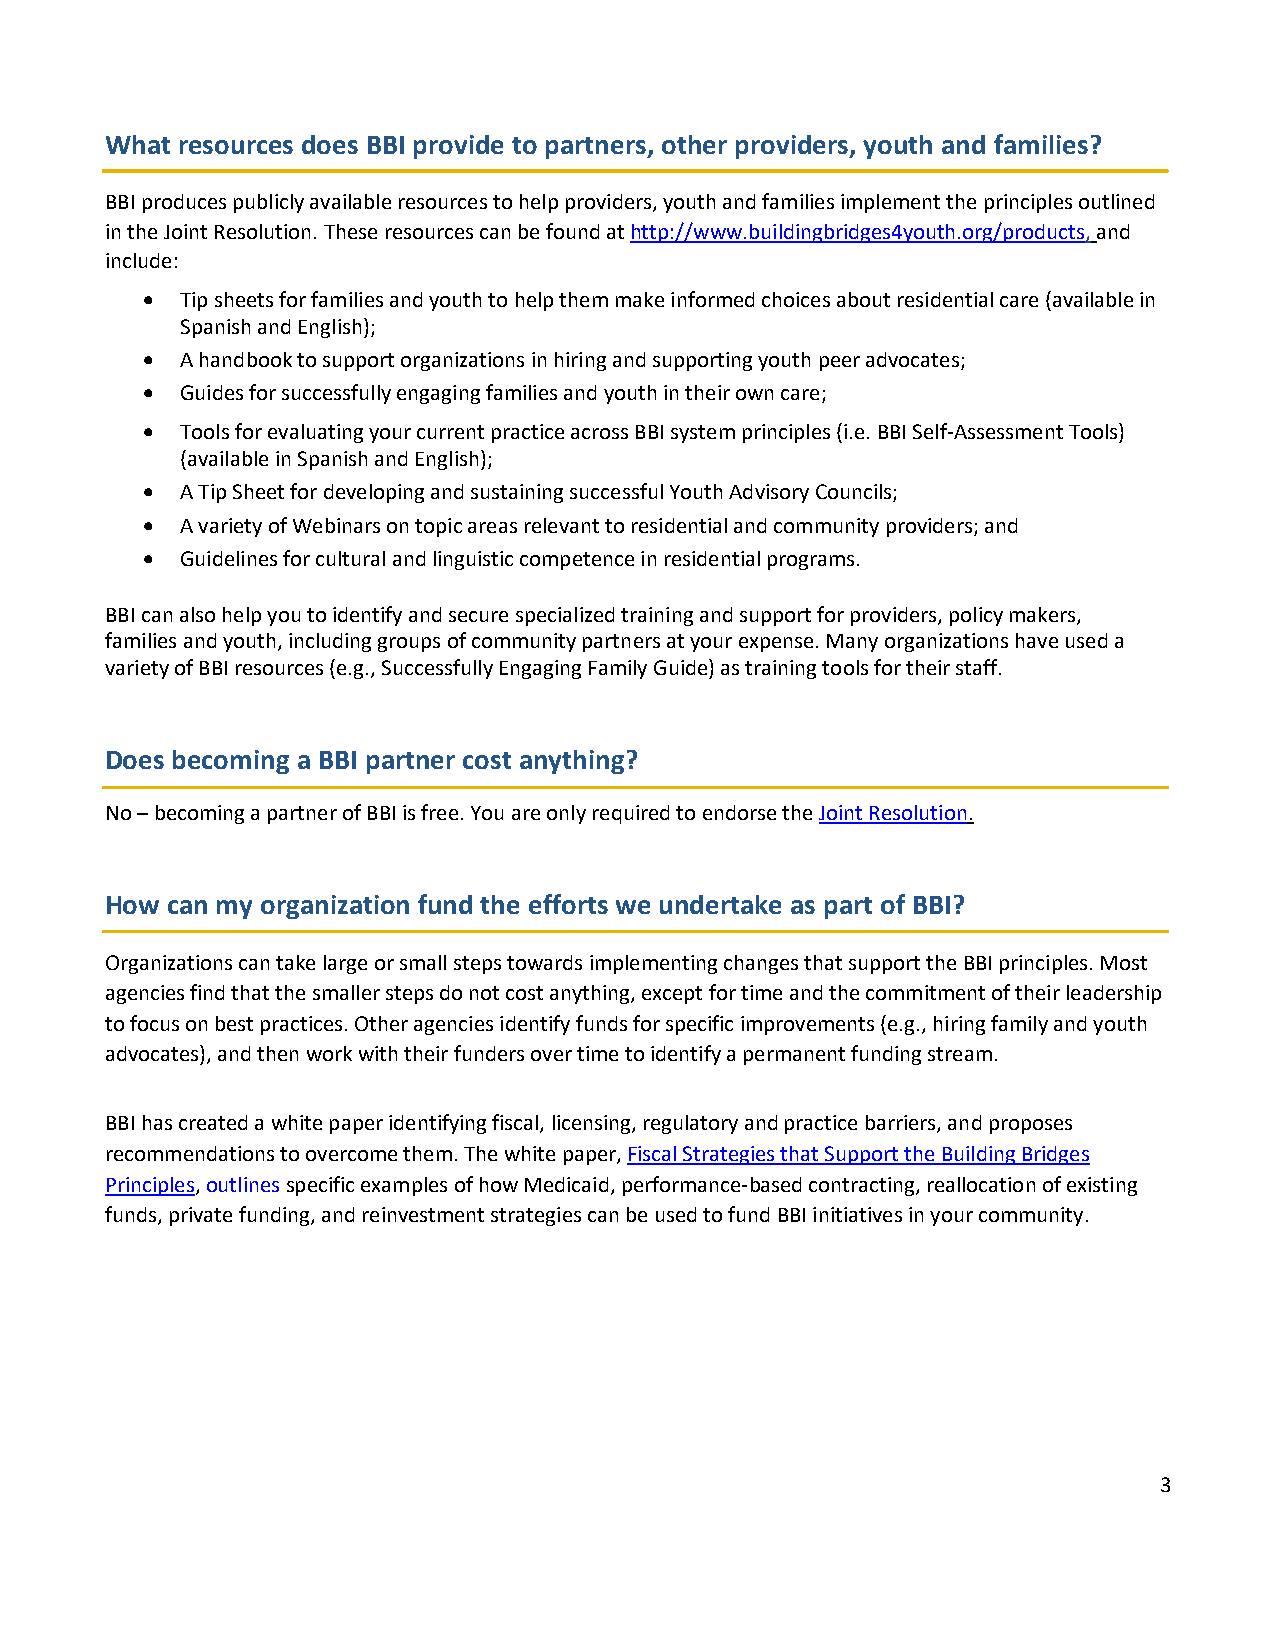
What resources does BBI provide to partners, other providers, youth and families?
 BBI produces publicly available resources to help providers, youth and families implement the principles outlined
 in the Joint Resolution. These resources can be found at http://www.buildingbridges4youth.org/products, and
 include:
 •  Tip sheets for families and youth to help them make informed choices about residential care (available in
 Spanish and English);
 •  A handbook to support organizations in hiring and supporting youth peer advocates;
 •  Guides for successfully engaging families and youth in their own care;
 •  Tools for evaluating your current practice across BBI system principles (i.e. BBI Self-Assessment Tools)
 (available in Spanish and English);
 •  A Tip Sheet for developing and sustaining successful Youth Advisory Councils;
 •  A variety of Webinars on topic areas relevant to residential and community providers; and
 •  Guidelines for cultural and linguistic competence in residential programs.
 BBI can also help you to identify and secure specialized training and support for providers, policy makers,
 families and youth, including groups of community partners at your expense. Many organizations have used a
 variety of BBI resources (e.g., Successfully Engaging Family Guide) as training tools for their staff.
 Does becoming a BBI partner cost anything?
 No – becoming a partner of BBI is free. You are only required to endorse the Joint Resolution.
 How can my organization fund the efforts we undertake as part of BBI?
 Organizations can take large or small steps towards implementing changes that support the BBI principles. Most
 agencies find that the smaller steps do not cost anything, except for time and the commitment of their leadership
 to focus on best practices. Other agencies identify funds for specific improvements (e.g., hiring family and youth
 advocates), and then work with their funders over time to identify a permanent funding stream.
 BBI has created a white paper identifying fiscal, licensing, regulatory and practice barriers, and proposes
 recommendations to overcome them. The white paper, Fiscal Strategies that Support the Building Bridges
 Principles, outlines specific examples of how Medicaid, performance-based contracting, reallocation of existing
 funds, private funding, and reinvestment strategies can be used to fund BBI initiatives in your community.
 3